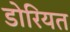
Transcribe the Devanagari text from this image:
डोरियत